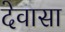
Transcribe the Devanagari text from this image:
देवासा